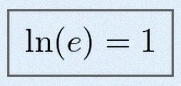
\ln(e)=1